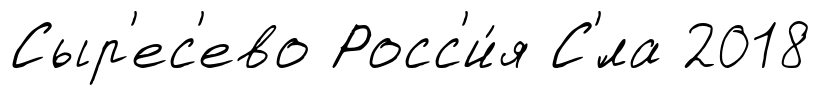
Сыр'ес'ево Росс'и́я С'́ла 2018